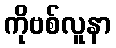
ကိုဗစ်လူနာ